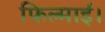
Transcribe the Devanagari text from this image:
फिल्माई।